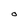
Character: O